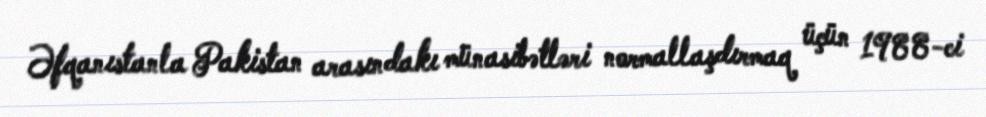
Əfqanıstanla Pakistan arasındakı münasibətləri normallaşdırmaq üçün 1988-ci